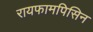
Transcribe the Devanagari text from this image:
रायफामपिसिन